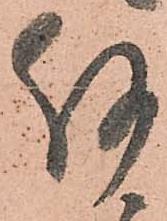
何